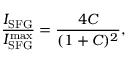
\frac { I _ { \mathrm { S F G } } } { I _ { \mathrm { S F G } } ^ { \mathrm { m a x } } } = \frac { 4 C } { ( 1 + C ) ^ { 2 } } ,